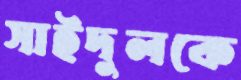
সাইদুলকে